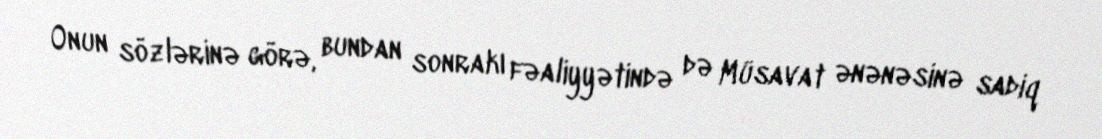
Onun sözlərinə görə, bundan sonrakı fəaliyyətində də Müsavat ənənəsinə sadiq